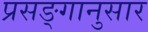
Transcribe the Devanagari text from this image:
प्रसङ्गानुसार